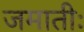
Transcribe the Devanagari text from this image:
जमातीः